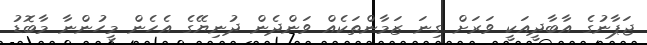
ޖަޕާނުގެ އާބާދީއަކީ ވަރަށް ގިނަ ޒަމާންތަކެއް ވަންދެން ދުނިޔޭގެ އެހެން މީހުންނާ މާބޮޑު